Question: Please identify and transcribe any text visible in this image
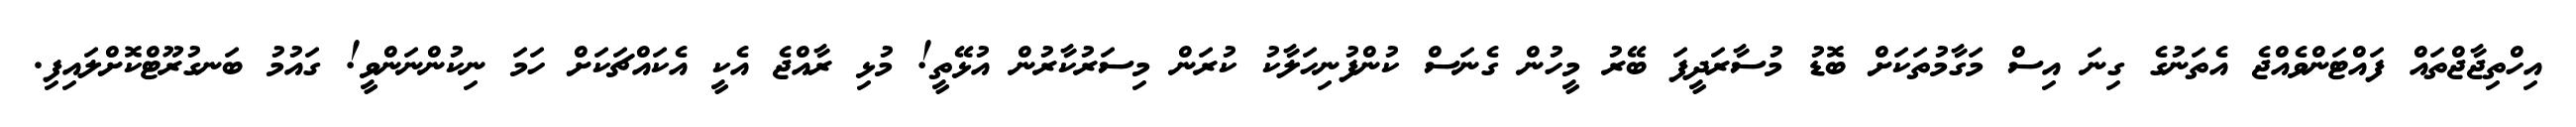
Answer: އިހްތިޖާޖްތައް ފައްޓަންވެއްޖެ އެތަނުގެ ގިނަ އިސް މަގާމުތަކަށް ބޮޑު މުސާރަދީފަ ބޭރު މީހުން ގެނަސް ކުންފުނިހަލާކު ކުރަން މިސަރުކާރުން އުޅޭތީ! މުޅި ރާއްޖެ އެކީ އެކައްޗަކަށް ހަމަ ނިކުންނަންވީ! ގައުމު ބަނގުރޫޓްކޮށްލައިފި.